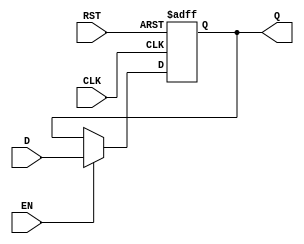
module DataRegister #(
    parameter WIDTH = 8 // Parameter to define the width of the data register
)(
    input  wire [WIDTH-1:0] D,     // Data input
    input  wire CLK,                // Clock input
    input  wire RST,                // Reset input
    input  wire EN,                 // Enable input (optional)
    output reg  [WIDTH-1:0] Q       // Data output
);

    // Always block triggered on the clock edge or reset
    always @(posedge CLK or posedge RST) begin
        if (RST) begin
            Q <= {WIDTH{1'b0}}; // Asynchronous reset to zero
        end else if (EN) begin
            Q <= D; // Capture data on clock edge if enabled
        end
        // If EN is low, Q retains its previous value
    end

endmodule